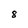
Character: 8